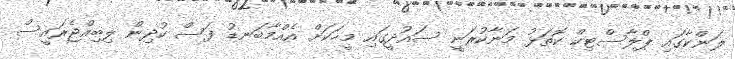
ލަންކާގައި ޕްލާސްޓިކް ކޮތަޅު މަނާކުރަނީ ސައުދީގައި މީހަކަށް އެއްމާބަނޑު ފަސް ކުދިން ލިބިއްޖެރައީސް